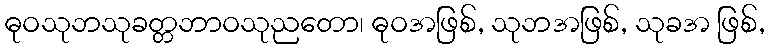
ဓုဝသုဘသုခတ္တဘာဝသုညတော၊ ဓုဝအဖြစ်, သုဘအဖြစ်, သုခအ ဖြစ်,